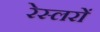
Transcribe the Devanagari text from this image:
रेस्लरों